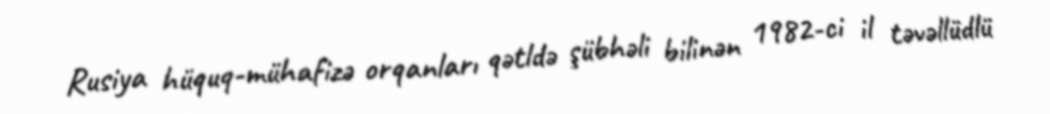
Rusiya hüquq-mühafizə orqanları qətldə şübhəli bilinən 1982-ci il təvəllüdlü